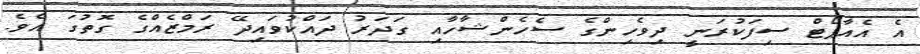
އެ އެއާޕޯޓް ސިފަކުރަނީ ދިވެހިންގެ ސެހެންޝާހާއި ގަދަރު ދައްކުވައިދޭ ރަމްޒެއްގެ ގޮތުގަ އެވެ.